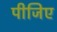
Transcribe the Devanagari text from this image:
पीजिए